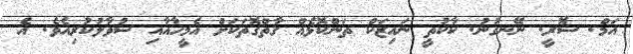
އަމް. ސޮރީ. ނޭނގުނު. ކާކުތީ ނައިޒަކް ތަންކޮޅެއް ގާތްގޮތަކަށް އެމީހާއާއި ސުވާލުކުރިއެވެ. އެ